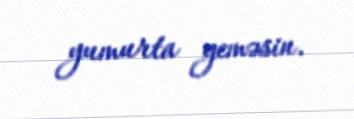
yumurta yeməsin.